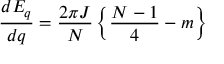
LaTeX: \frac { d E _ { q } } { d q } = \frac { 2 \pi J } { N } \left\{ \frac { N - 1 } { 4 } - m \right\}